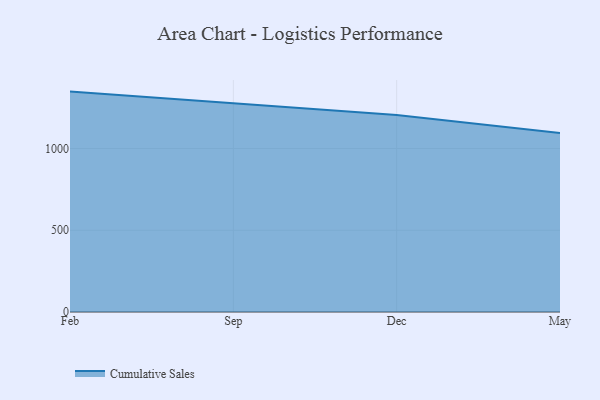
{"axis": {"x": "Month", "y": "Operating Costs (USD K)"}, "legend": ["Cumulative Sales"], "data": [{"x": "Feb", "y": 1348.2, "type": "Cumulative Sales"}, {"x": "Sep", "y": 1274.9, "type": "Cumulative Sales"}, {"x": "Dec", "y": 1204.3, "type": "Cumulative Sales"}, {"x": "May", "y": 1094.9, "type": "Cumulative Sales"}]}